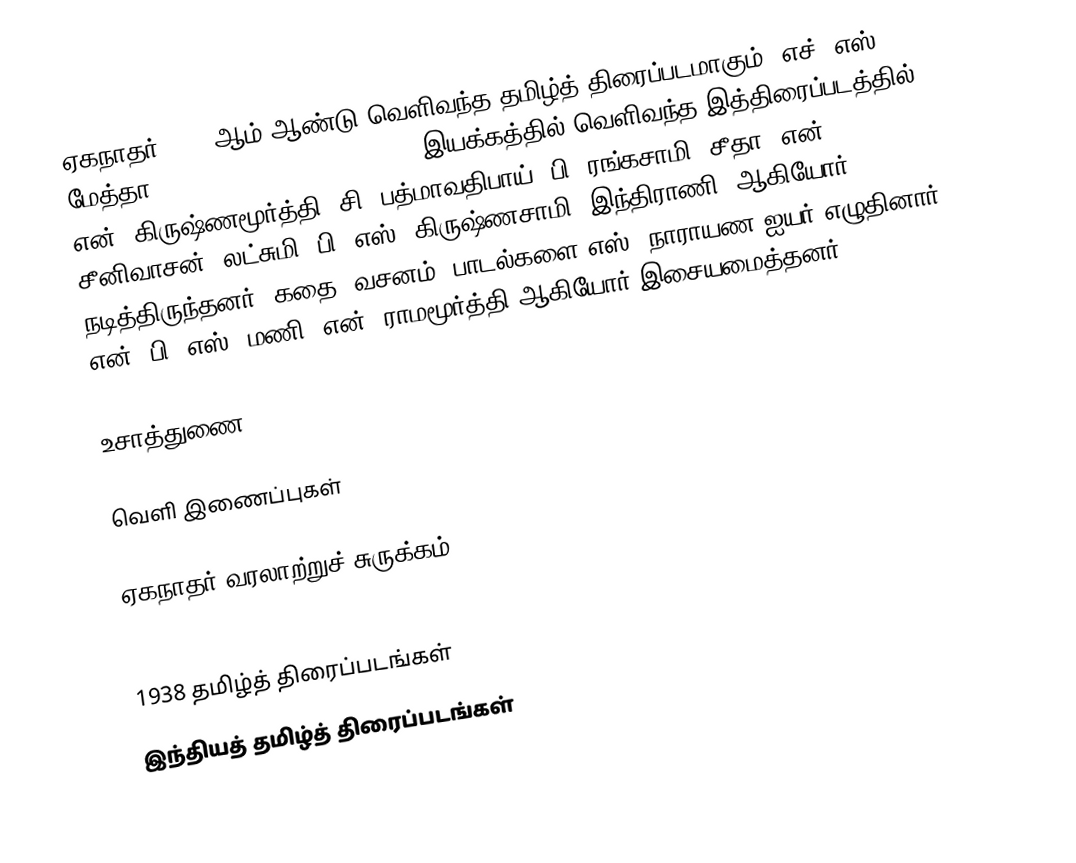
ஏகநாதர் 1938 ஆம் ஆண்டு வெளிவந்த தமிழ்த் திரைப்படமாகும். எச். எஸ். மேத்தா (Harshadrai Sakerlal Mehta) இயக்கத்தில் வெளிவந்த இத்திரைப்படத்தில் என். கிருஷ்ணமூர்த்தி, சி. பத்மாவதிபாய், பி. ரங்கசாமி, சீதா, என். சீனிவாசன், லட்சுமி, பி. எஸ். கிருஷ்ணசாமி, இந்திராணி..ஆகியோர் நடித்திருந்தனர். கதை, வசனம், பாடல்களை எஸ். நாராயண ஐயர் எழுதினார். என். பி. எஸ். மணி, என். ராமமூர்த்தி ஆகியோர் இசையமைத்தனர்.

உசாத்துணை

வெளி இணைப்புகள்

ஏகநாதர் வரலாற்றுச் சுருக்கம்
EkanAdhar (1938) Plot summary & songs - Internet Archive

1938 தமிழ்த் திரைப்படங்கள்
இந்தியத் தமிழ்த் திரைப்படங்கள்